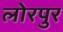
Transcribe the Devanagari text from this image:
लोरपुर